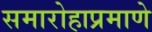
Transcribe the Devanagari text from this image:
समारोहाप्रमाणे